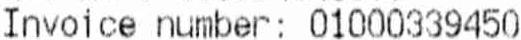
INVOICE NUMBER: 01000339450